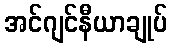
အင်ဂျင်နီယာချုပ်